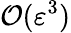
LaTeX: \mathcal{O}(\varepsilon^{3})